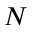
N